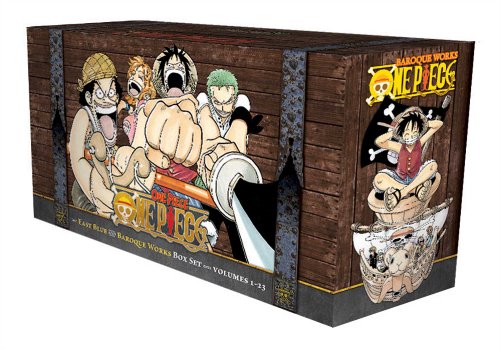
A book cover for One Piece Box Set: East Blue and Baroque Works, Volumes 1-23; Eiichiro Oda; Comics & Graphic Novels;